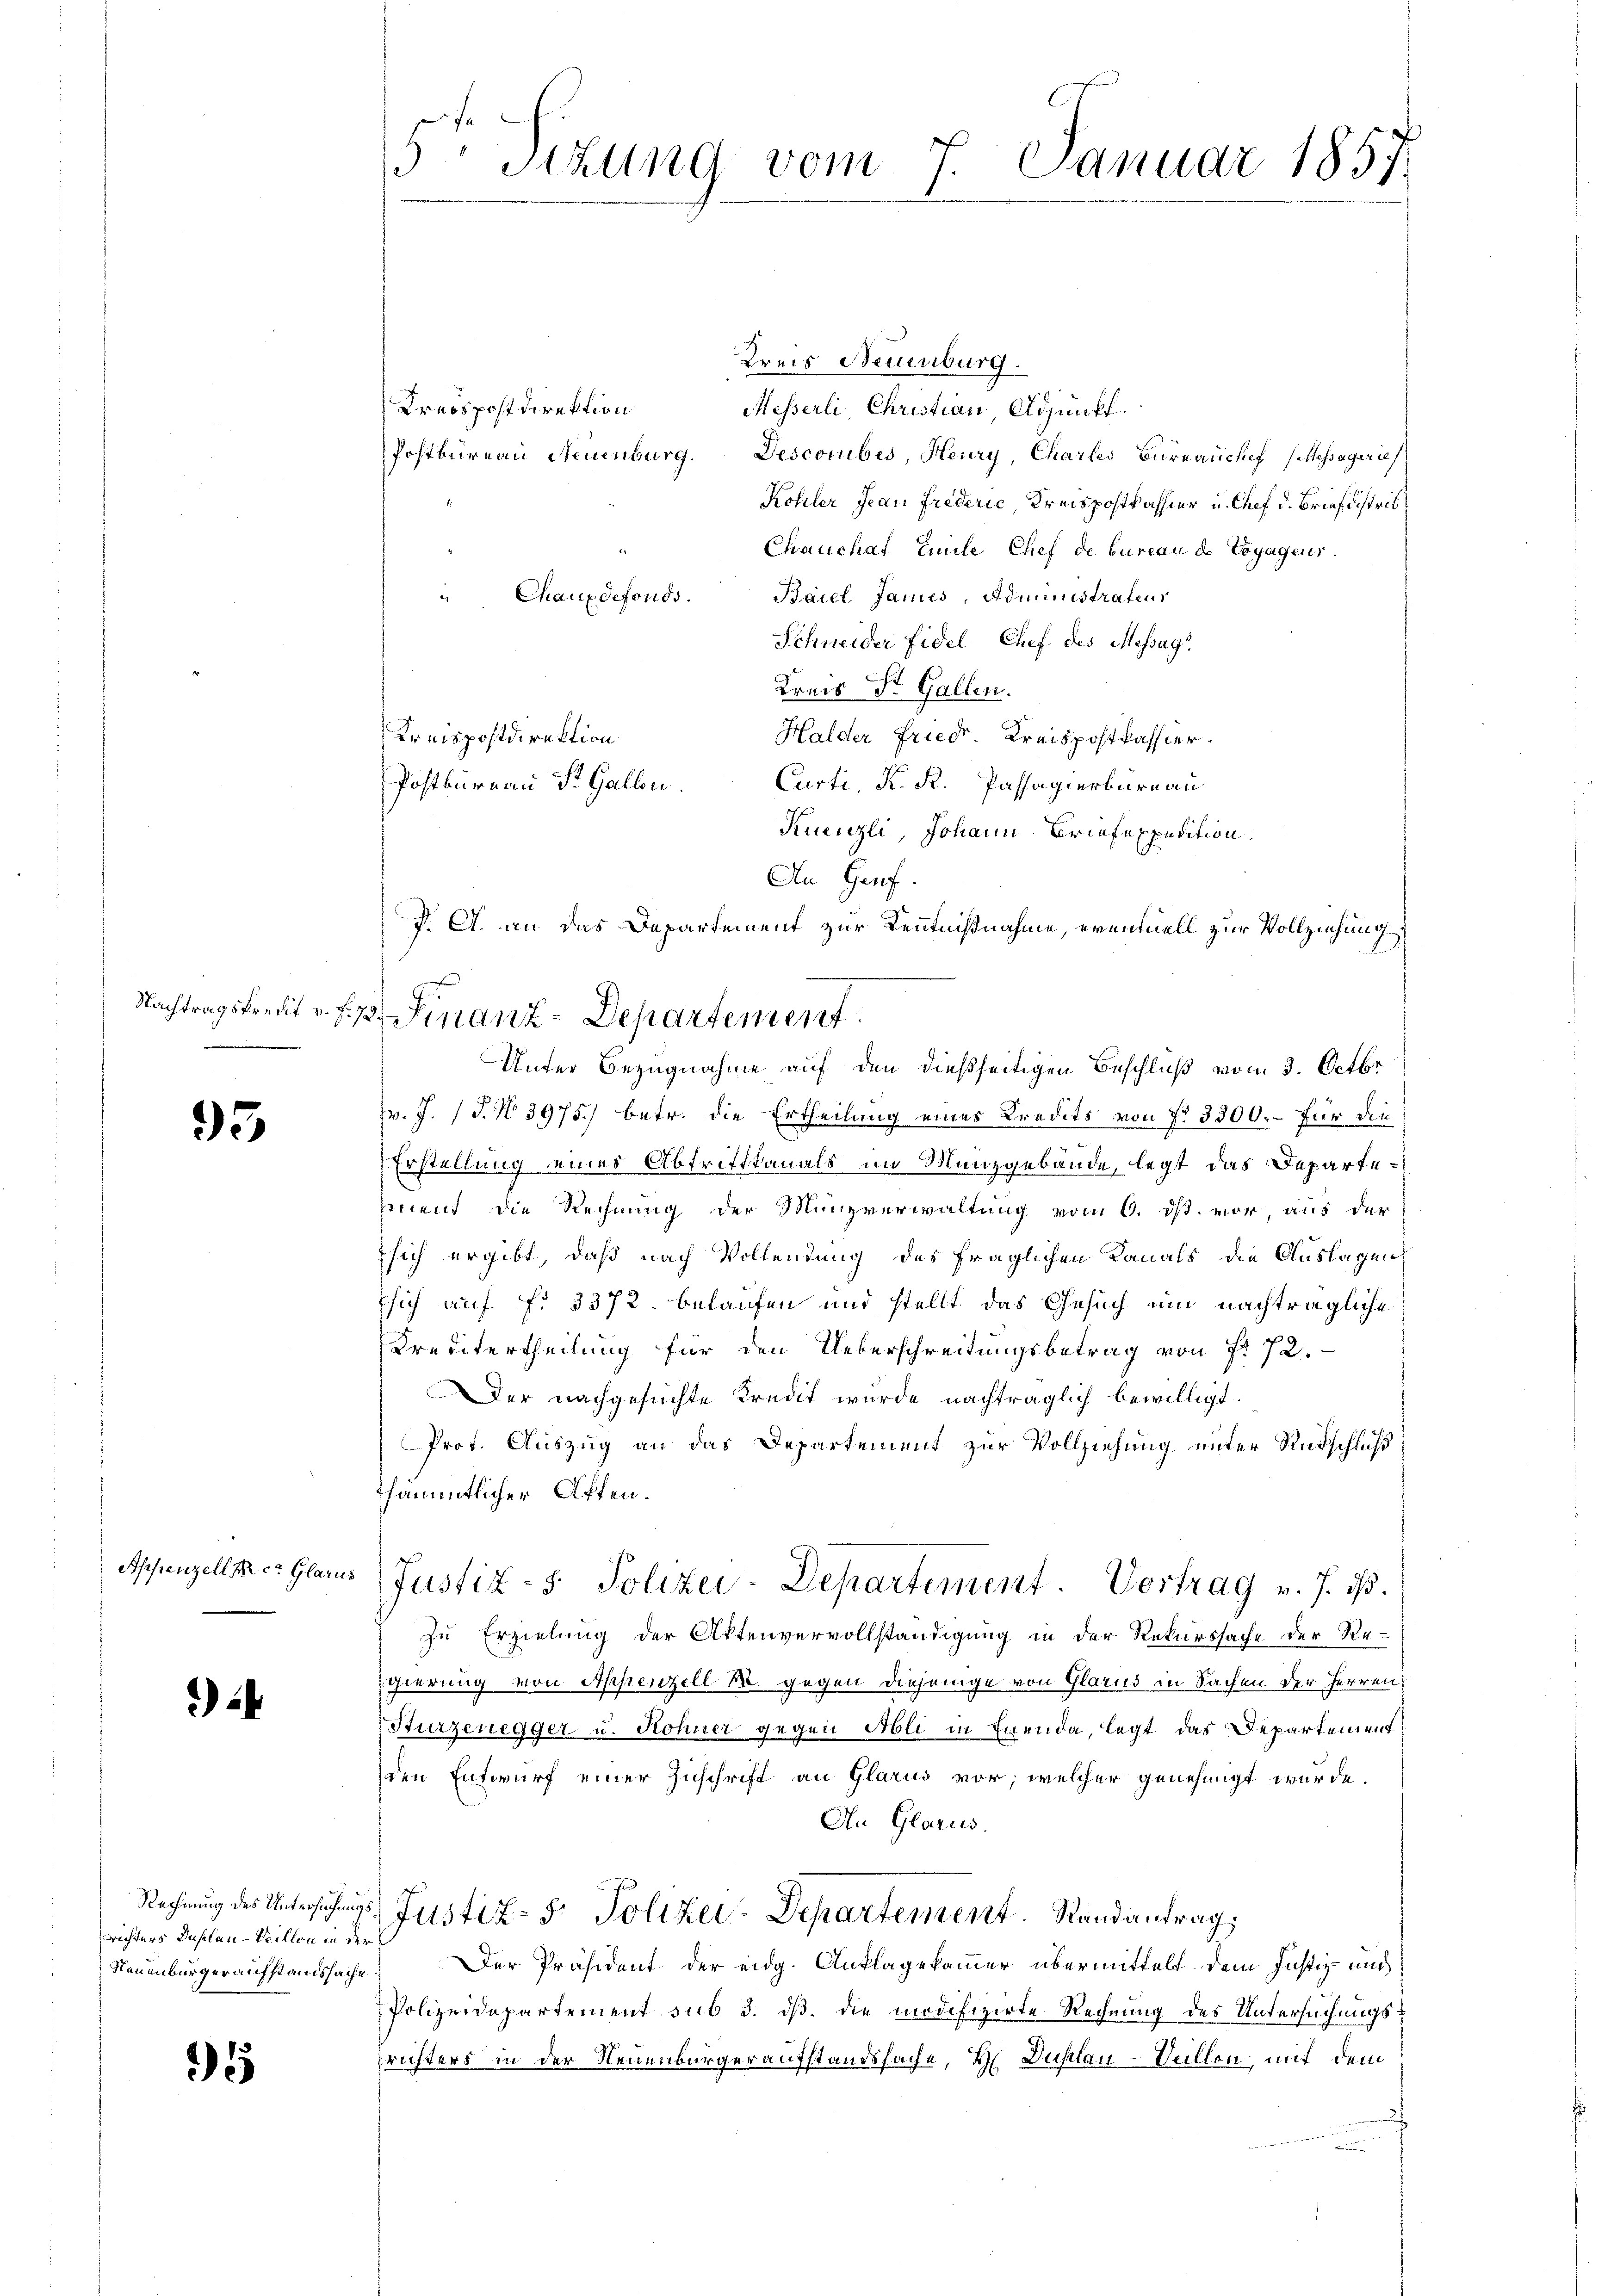
95

Appenzell Dr. c. Glarus

2

rrichters Düslau - Spillon in der
Neuenburger aufstandssache

5

5 Sitzung vom 7. Januar 1857

Kreis Neuenburg.
Kreispostdirektion
Messerli Christian Adjunkt.
Postbureau Neuenburg. Descomibes, Heury, Charles Büreau chef (Messagaries
Kohler Jean Friderić Kreispostkassier u. Chef d. Brief distrib
Chauchaf Emile Chef de bureau de Voyageur.
Baiel James, Administrateur
" Chauxdefonds.
Schneider Fidel Chef des Messag
Kreis St. Gallen.
Kreispostdirektion
Halder Friedr. Kreispostkassier¬
Curti, K. R. Passagierbare au
Postbureau St. Gallen.
Kuenzli, Johann Briefexpedition.
v. J. J. No 3975.) betr. die Ertheilung eines Kredits von No 3300.- für die
Erstellung eines Abtrittkanals im Munzgebäude, legt das Departeement die Rechnung der Münzverwaltung vom 6. ist. vor, aus der
 sich ergibt, daß nach Vollendung des fraglichen Kanals die Auslagen
Esich auf fr. 3372. belaufen und stellt das Gesuch um nachträgliche
Kreditertheilung für den Ueberschreitungsbetrag von Fr. 72.
Der nachgesuchte Kredit wurde nachträglich bewilligt.
Prot. Auszug an das Departement zur Vollziehung unter Rutschluß
sämmtlicher Affen.
Justiz- & Polizei-Departement. Vortrag v. J. d.
zu Erzielung der Aktenvervollständigung in der Rekurssache der Re-
Egierung von Appenzell M. gegen diejenige von Glarus in Sachen der Herren
Sturzenegger u. Kohner gegen Ali in Erenda, legt das Departement
den Entwurf einer Zuschrift an Glarus vor, welcher genehmigt wurde.
An Glarus.
Rechnung des Untersuchungs Justiz- & Polizei-Departement. Randantrag,
Der Präsident der eidg. Anklagekammer übermittelt dem Justiz- und
Polizeidepartement sub 3. ds. die modifizirte Rechnung des Untersuchungsrichters in der Neuenburgeraufstandssache, H. Duslau-Veillon, mit dem

An Gruf.
J. A. an das Departement zur Kenntnißnahme, eventuell zur Vollziehung
Nachtragskredit u. f. 72. Finanz-Departement.
Unter Bezugnahme auf den dießseitigen Beschluß vom 3. Octbr.